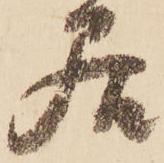
居